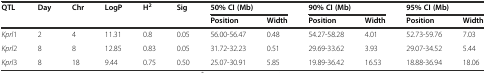
| <ROWSPAN=2> QTL | <ROWSPAN=2> Day | <ROWSPAN=2> Chr | <ROWSPAN=2> LogP | <ROWSPAN=2> H2 | <ROWSPAN=2> Sig | <COLSPAN=2> 50% CI (Mb) | <COLSPAN=2> 90% CI (Mb) | <COLSPAN=2> 95% CI (Mb) |
 | Position | Width | Position | Width | Position | Width |
 | --- | --- | --- | --- | --- | --- | --- | --- | --- | --- | --- | --- |
 | Kprl1 | 2 | 4 | 11.31 | 0.8 | 0.05 | 56.00-56.47 | 0.48 | 54.27-58.28 | 4.01 | 52.73-59.76 | 7.03 |
 | Kprl2 | 8 | 8 | 12.85 | 0.83 | 0.05 | 31.72-32.23 | 0.51 | 29.69-33.62 | 3.93 | 29.07-34.52 | 5.44 |
 | Kprl3 | 8 | 18 | 9.44 | 0.75 | 0.50 | 25.07-30.91 | 5.85 | 19.89-36.42 | 16.53 | 18.88-36.94 | 18.06 |